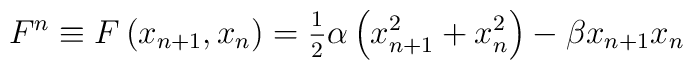
F^n\equiv F\left( x_{n+1},x_n\right) =\frac{_1}{^2}\alpha \left(x_{n+1}^2+x_n^2\right) -\beta x_{n+1}x_n